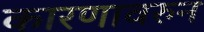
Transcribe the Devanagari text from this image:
कारणावरुन